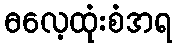
ဓလေ့ထုံးစံအရ